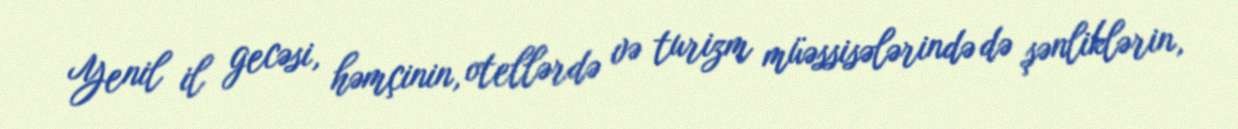
Yenil il gecəsi, həmçinin, otellərdə və turizm müəssisələrində də şənliklərin,